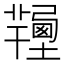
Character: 𦏚